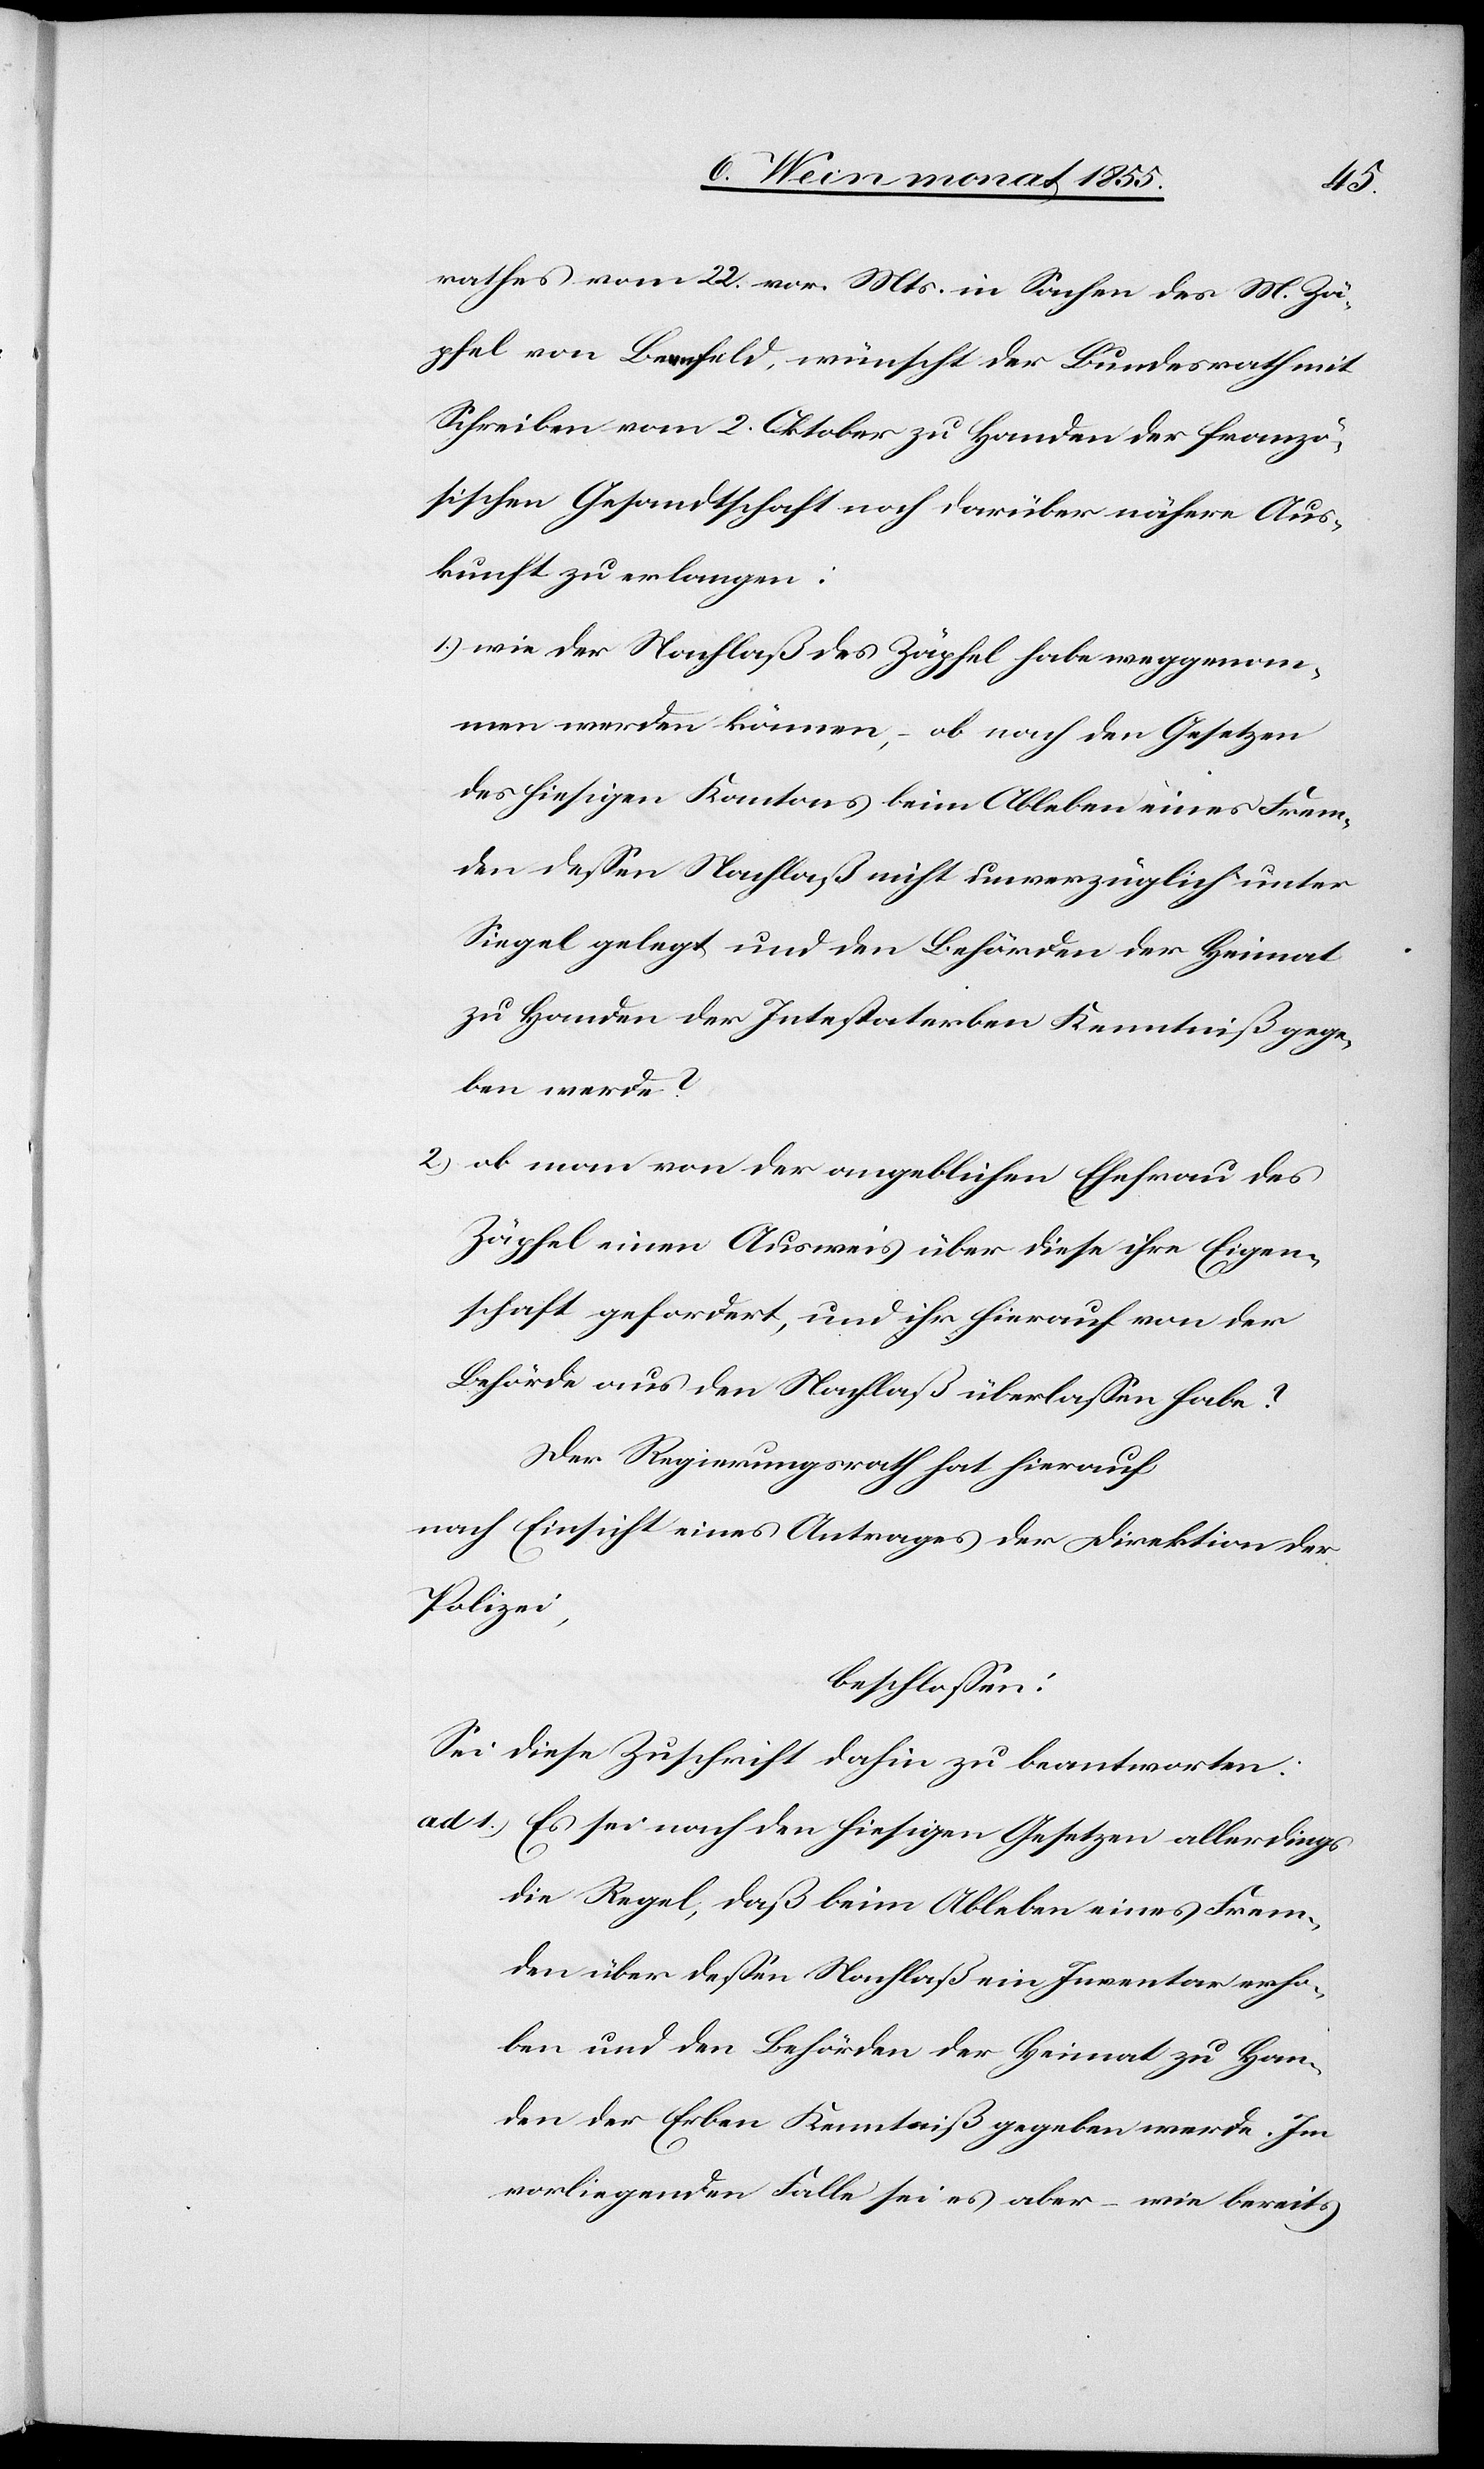
1.)
rathes vom 22. vor. Mts. in Sachen des M. Zä¬
pfel von Bernfeld, wünscht der Bundesrath mit
Schreiben vom 2. Oktober zu Handen der franzö¬
sischen Gesandtschaft noch darüber nähere Aus¬
kunft zu erlangen:
wie der Nachlaß des Zäpfel habe weggenom¬
men werden können, – ob nach den Gesetzen
des hiesigen Kantons beim Ableben eines Frem¬
den dessen Nachlaß nicht unverzüglich unter
Siegel gelegt und den Behörden der Heimat
zu Handen der Intestaterben Kenntniß gege¬
ben werde?
ob man von der angeblichen Ehefrau des
Zäpfel einen Ausweis über diese ihre Eigen¬
schaft gefordert, und ihr hierauf von der
Behörde aus den Nachlaß überlassen habe?
Der Regierungsrath hat hierauf
nach Einsicht eines Antrages der Direktion der
Polizei,
beschlossen:
Sei diese Zuschrift dahin zu beantworten:
Es sei nach den hiesigen Gesetzen allerdings
die Regel, daß beim Ableben eines Frem¬
den über dessen Nachlaß ein Inventar erho¬
ben und den Behörden der Heimat zu Han¬
den der Erben Kenntniß gegeben werde. Im
vorliegenden Falle sei es aber – wie bereits